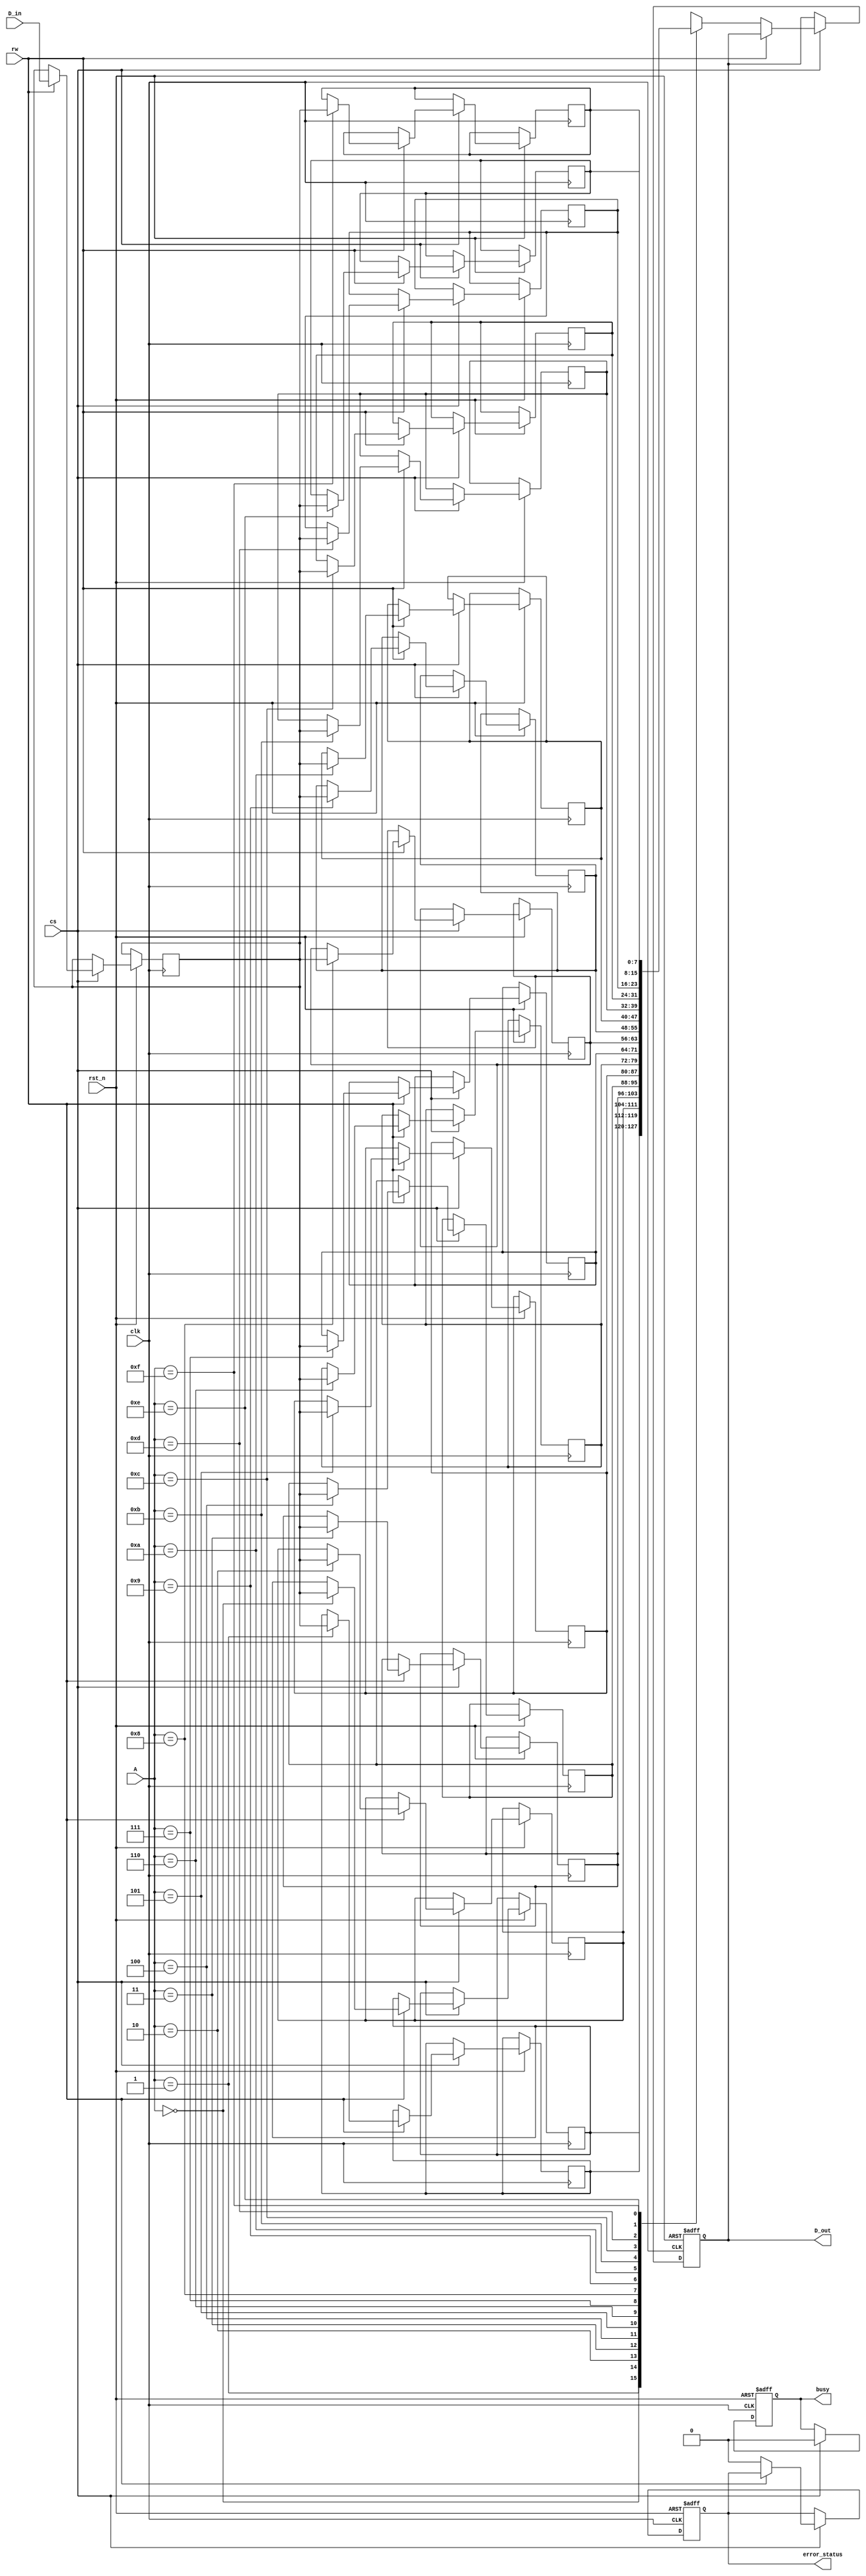
module ecc_dram_io_block (
    input wire clk,                // System clock
    input wire rst_n,              // Active low reset
    input wire cs,                 // Chip Select
    input wire rw,                 // Read/Write control (1 for write, 0 for read)
    input wire [7:0] D_in,         // Input data lines (8 bits)
    output reg [7:0] D_out,        // Output data lines (8 bits)
    input wire [3:0] A,            // Address lines (4 bits)
    output reg busy,               // Busy signal
    output reg error_status        // Error status signal
);

    reg [7:0] data_buffer;         // Input buffer
    reg [3:0] ecc_buffer;          // ECC buffer
    reg [7:0] memory [0:15];       // Memory array (16 x 8 bits)
    reg [3:0] ecc_memory [0:15];   // ECC memory array (16 x 4 bits)

    // ECC encoding function (Hamming code example)
    function [3:0] ecc_encode(input [7:0] data);
        // Simple Hamming(8,4) encoding logic
        // This is a placeholder for actual ECC encoding logic
        ecc_encode = {data[7] ^ data[6] ^ data[5] ^ data[4],
                       data[7] ^ data[6] ^ data[3] ^ data[2],
                       data[7] ^ data[5] ^ data[3] ^ data[1],
                       data[6] ^ data[5] ^ data[4] ^ data[3]};
    endfunction

    // ECC decoding function (Hamming code example)
    function [7:0] ecc_decode(input [7:0] data, input [3:0] ecc);
        // Simple Hamming(8,4) decoding logic
        // This is a placeholder for actual ECC decoding logic
        ecc_decode = data; // Assume no error for simplicity
    endfunction

    // Main process
    always @(posedge clk or negedge rst_n) begin
        if (!rst_n) begin
            busy <= 0;
            error_status <= 0;
            D_out <= 0;
        end else if (cs) begin
            busy <= 1;
            if (rw) begin // Write operation
                data_buffer <= D_in;
                ecc_buffer <= ecc_encode(D_in);
                memory[A] <= data_buffer;
                ecc_memory[A] <= ecc_buffer;
            end else begin // Read operation
                D_out <= ecc_decode(memory[A], ecc_memory[A]);
                // Error detection logic (placeholder)
                // Set error_status if an error is detected
                error_status <= 0; // Assume no error for simplicity
            end
            busy <= 0;
        end
    end

endmodule